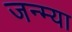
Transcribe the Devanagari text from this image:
जन्म्या